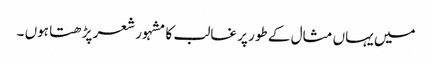
میں یہاں مثال کے طور پر غالب کا مشہور شعر پڑھتا ہوں ۔